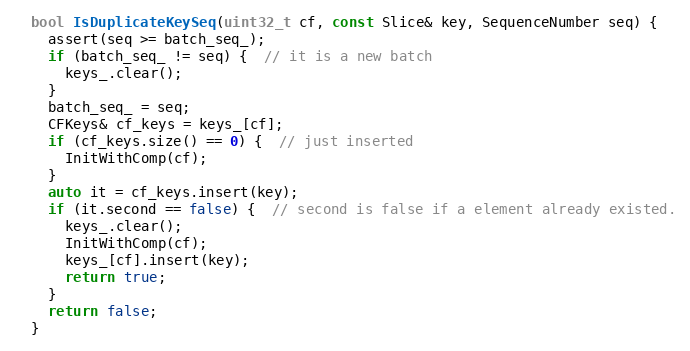
Language: C
  bool IsDuplicateKeySeq(uint32_t cf, const Slice& key, SequenceNumber seq) {
    assert(seq >= batch_seq_);
    if (batch_seq_ != seq) {  // it is a new batch
      keys_.clear();
    }
    batch_seq_ = seq;
    CFKeys& cf_keys = keys_[cf];
    if (cf_keys.size() == 0) {  // just inserted
      InitWithComp(cf);
    }
    auto it = cf_keys.insert(key);
    if (it.second == false) {  // second is false if a element already existed.
      keys_.clear();
      InitWithComp(cf);
      keys_[cf].insert(key);
      return true;
    }
    return false;
  }